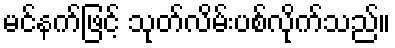
မင်နက်ဖြင့် သုတ်လိမ်းပစ်လိုက်သည်။